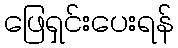
ဖြေရှင်းပေးရန်